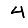
Digit: 4